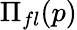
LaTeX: \Pi_{fl}(p)